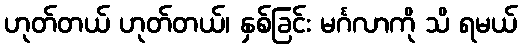
ဟုတ်တယ် ဟုတ်တယ်၊ နှစ်ခြင်း မင်္ဂလာကို သိ ရမယ်